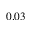
0 . 0 3